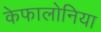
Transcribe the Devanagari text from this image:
केफालोनिया